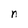
Character: n